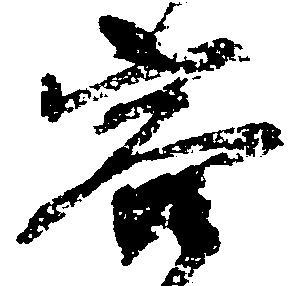
容